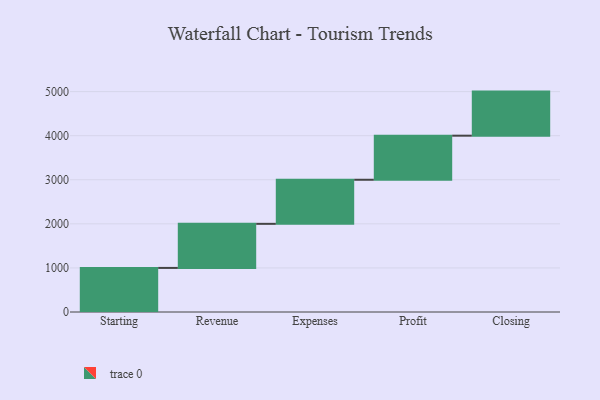
{"axis": {"x": "Step", "y": "Value"}, "legend": [""], "data": [{"x": "Starting", "y": 1000, "type": ""}, {"x": "Revenue", "y": 1000, "type": ""}, {"x": "Expenses", "y": 1000, "type": ""}, {"x": "Profit", "y": 1000, "type": ""}, {"x": "Closing", "y": 1000, "type": ""}]}